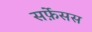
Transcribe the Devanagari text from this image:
सर्फ़ेसस